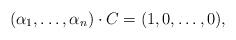
LaTeX: \begin{align*}(\alpha_1,\ldots,\alpha_n)\cdot C=(1,0,\ldots, 0),\end{align*}